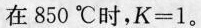
在850℃时，$$K=1$$。